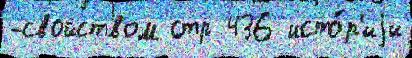
-свойством стр 436 исто́р'иjи